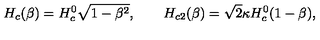
H _ { c } ( \beta ) = H _ { c } ^ { 0 } \sqrt { 1 - \beta ^ { 2 } } , \qquad H _ { c 2 } ( \beta ) = \sqrt { 2 } \kappa H _ { c } ^ { 0 } ( 1 - \beta ) ,